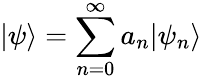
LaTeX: |\psi\rangle=\sum_{n=0}^{\infty}a_{n}|\psi_{n}\rangle